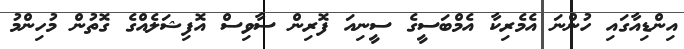
އިންޑިއާގައި ހުންނަ އެމެރިކާ އެމްބަސީގެ ސީނިއަ ފޮރިން ސާވިސް އޮފިޝަލެއްގެ ގޮތުން މުހިންމު